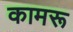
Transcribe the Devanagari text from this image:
कामरू